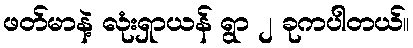
ဖတ်မာနဲ့ လုံးရှာယန် ရွာ ၂ ခုကပါတယ်။